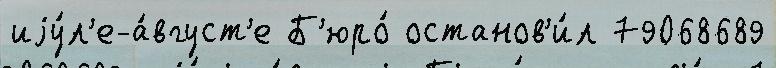
иjу́л'е-а́вгуст'е Б'юро́ останов'и́л 79068689